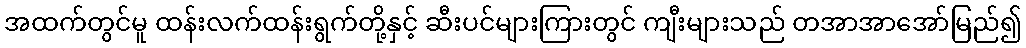
အထက်တွင်မူ ထန်းလက်ထန်းရွက်တို့နှင့် ဆီးပင်များကြားတွင် ကျီးများသည် တအာအာအော်မြည်၍